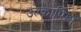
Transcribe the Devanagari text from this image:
उल्कापिडों